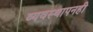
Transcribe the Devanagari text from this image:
व्यवस्थापनही